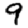
Digit: 9